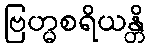
ဗြဟ္မစရိယန္တိ